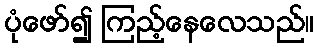
ပုံဖော်၍ ကြည့်နေလေသည်။